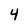
Character: 4